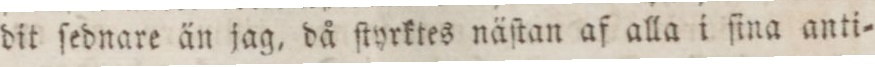
dit ſednare än jag, då ſtyrktes näſtan af alla i ſina anti=